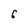
Character: 6